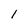
Character: 1